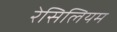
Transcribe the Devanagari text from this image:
रेसिलियम